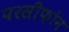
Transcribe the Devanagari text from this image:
परसीफ़ोन